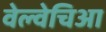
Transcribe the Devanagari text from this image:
वेल्वेचिआ